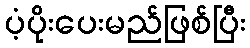
ပံ့ပိုးပေးမည်ဖြစ်ပြီး